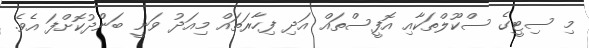
މި ސިޓީގެ ސްކޫލްތަކާއި އޮފީސްތައް އަދި ފިހާރަތައް މިއަދު ވަނީ ބަންދުކޮށްފަ އެވެ.